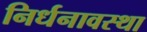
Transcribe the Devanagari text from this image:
निर्धनावस्था